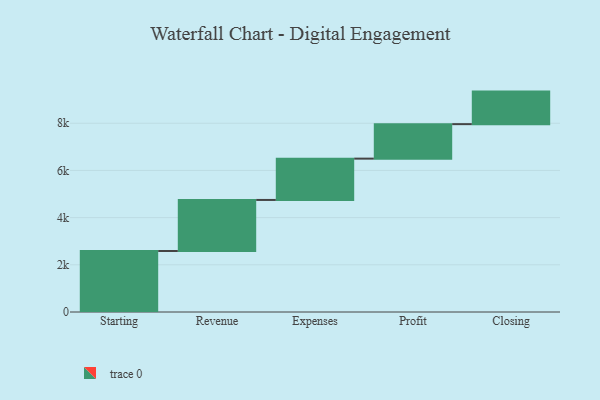
{"axis": {"x": "Step", "y": "Value"}, "legend": [""], "data": [{"x": "Starting", "y": 2585.0, "type": ""}, {"x": "Revenue", "y": 2164.0, "type": ""}, {"x": "Expenses", "y": 1751.0, "type": ""}, {"x": "Profit", "y": 1462.0, "type": ""}, {"x": "Closing", "y": 1379.0, "type": ""}]}